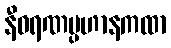
နီဝရဏပ္ပဟာနကထာ